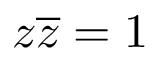
z { \overline { { z } } } = 1